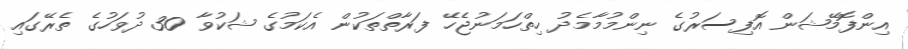
އިންފޮމޭޝަން އޮފިސަރުގެ ނިންމުމާމެދު ހިތްހަމަނުޖެހޭ ފަރާތްތަކުން އެކަމުގެ ޝަކުވާ 30 ދުވަހުގެ ތެރޭގައި